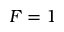
F = 1